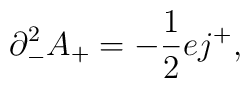
{\partial}_{-}^2 A_{+} = - \frac{1}{2} e j^{+},